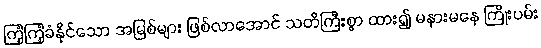
ကြံ့ကြံ့ခံနိုင်သော အမြစ်များ ဖြစ်လာအောင် သတိကြီးစွာ ထား၍ မနားမနေ ကြိုးပမ်း